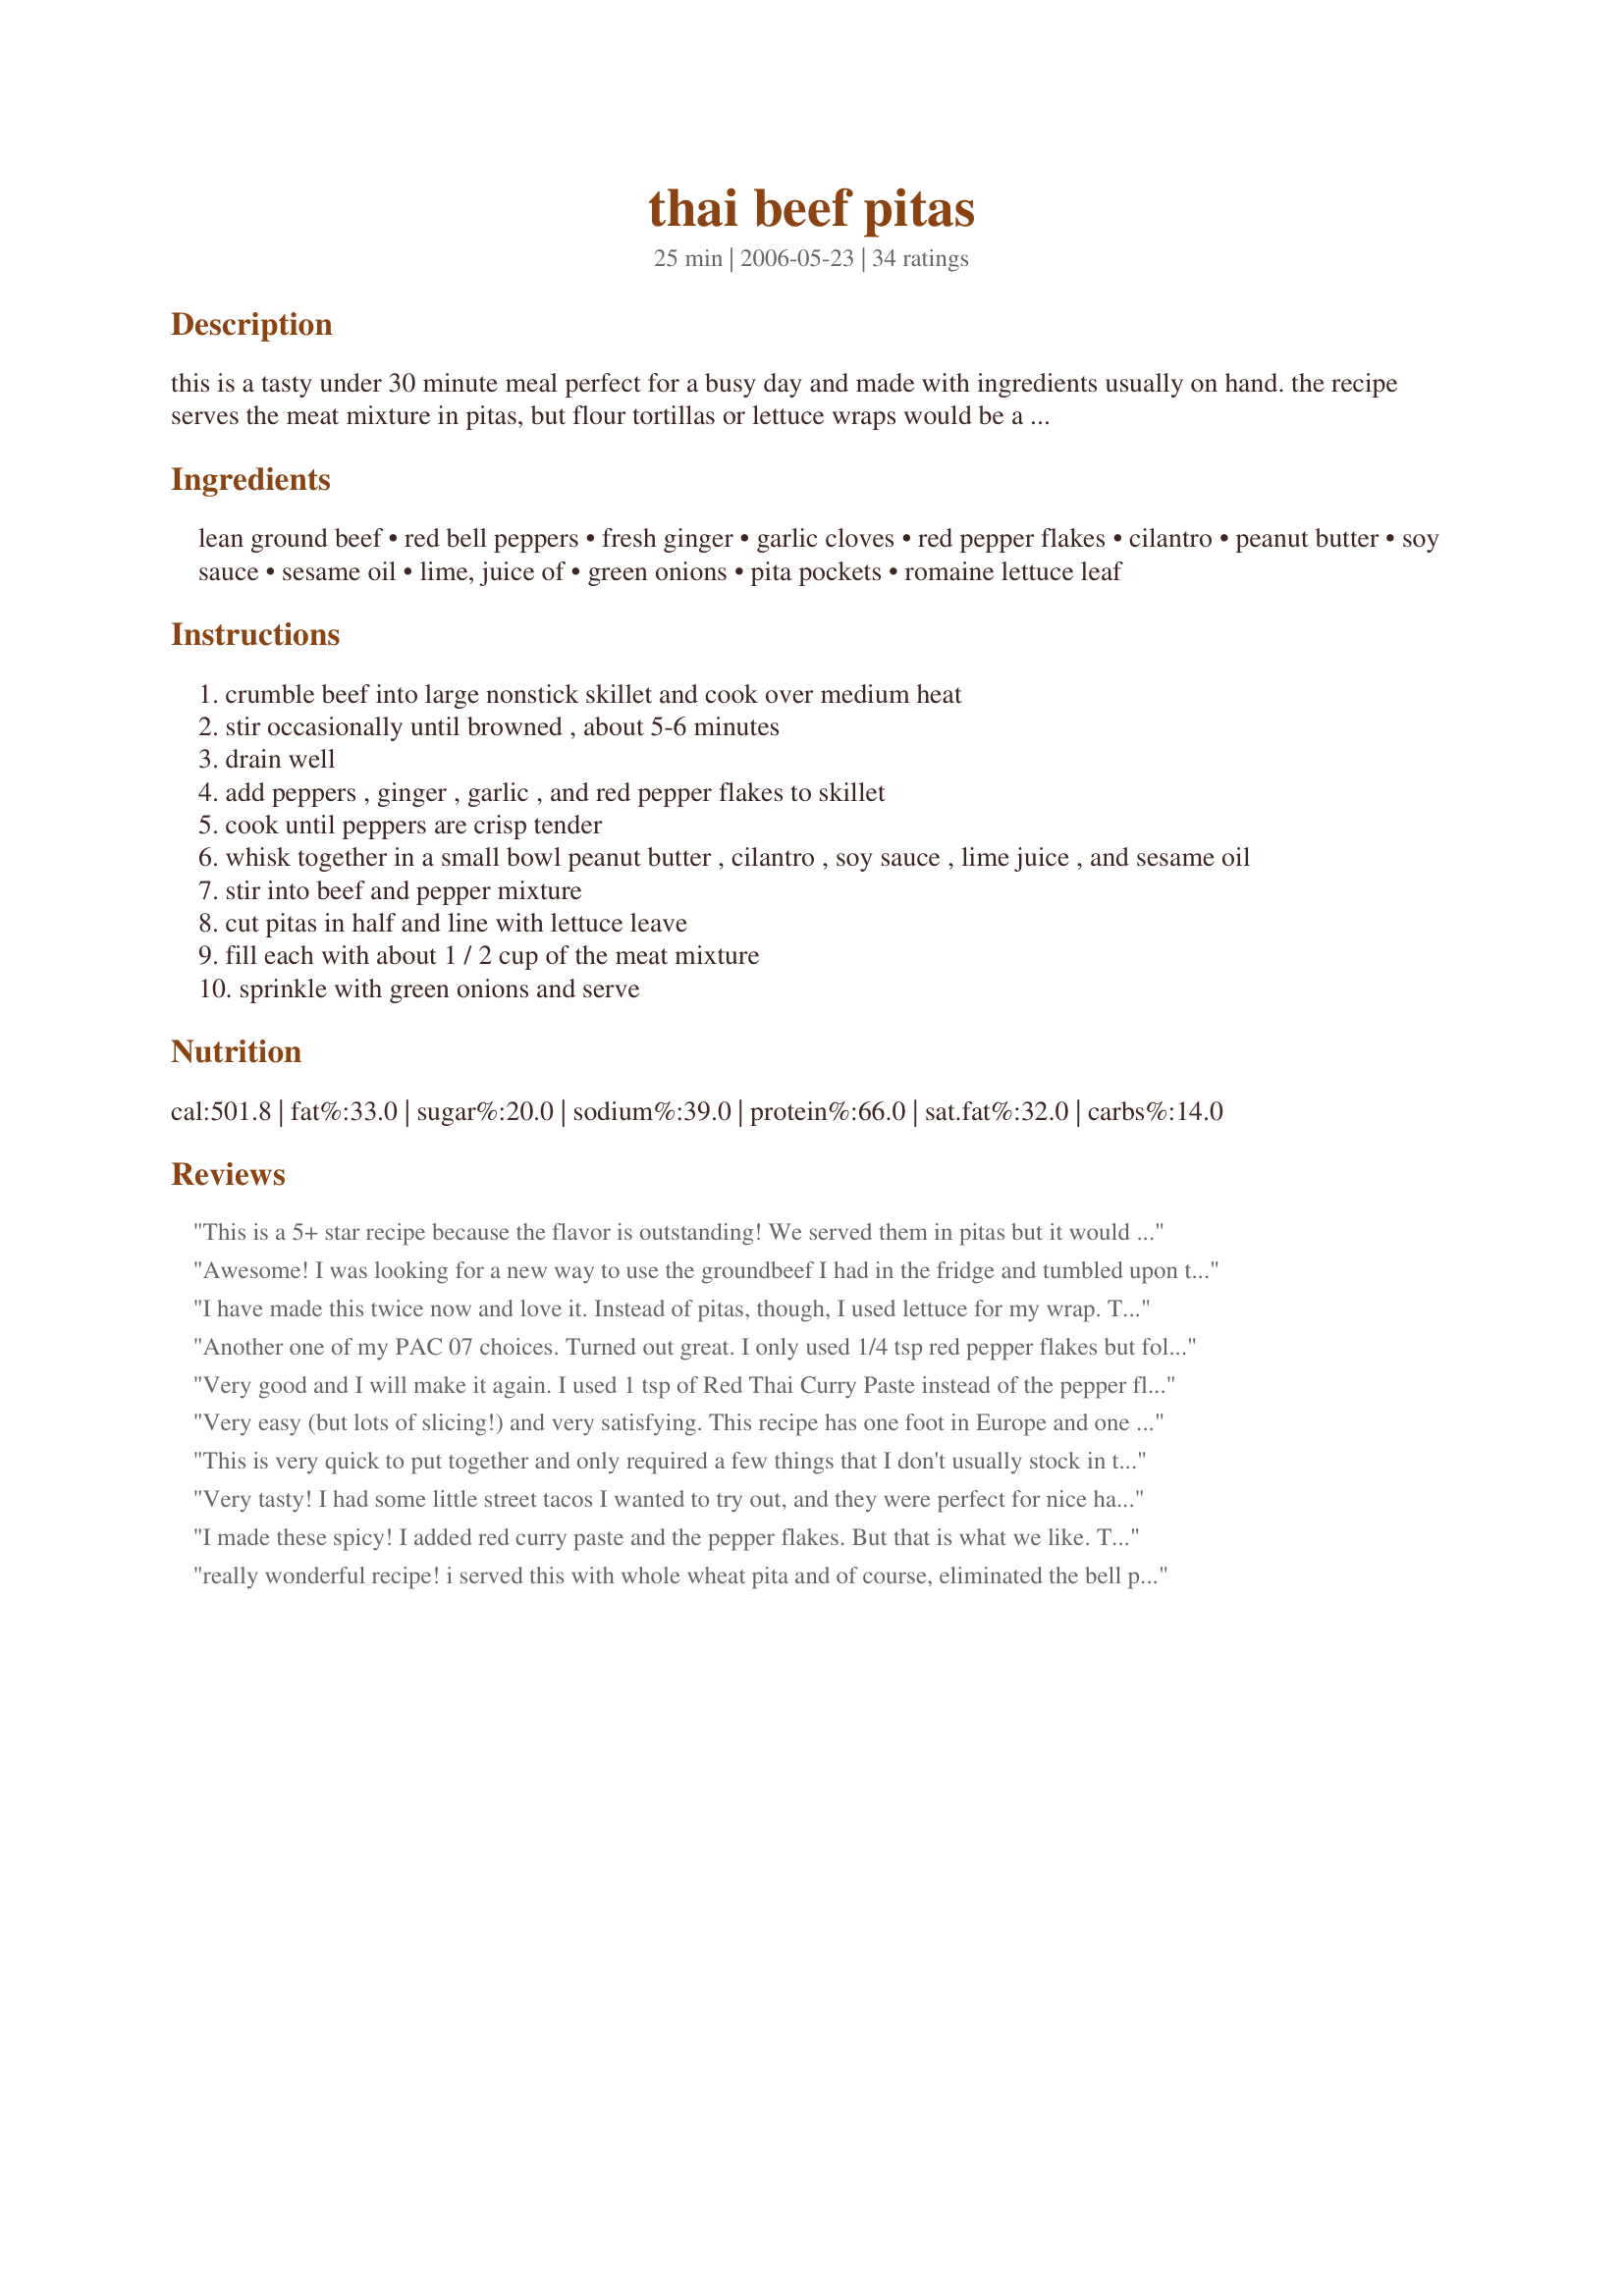
thai beef pitas
Preparation time: 25 minutes

this is a tasty under 30 minute meal perfect for a busy day and made with ingredients usually on hand. the recipe serves the meat mixture in pitas, but flour tortillas or lettuce wraps would be a good choice too. the recipe is from family circle magazine.

Ingredients:
lean ground beef, red bell peppers, fresh ginger, garlic cloves, red pepper flakes, cilantro, peanut butter, soy sauce, sesame oil, lime, juice of, green onions, pita pockets, romaine lettuce leaf

Steps:
crumble beef into large nonstick skillet and cook over medium heat
stir occasionally until browned , about 5-6 minutes
drain well
add peppers , ginger , garlic , and red pepper flakes to skillet
cook until peppers are crisp tender
whisk together in a small bowl peanut butter , cilantro , soy sauce , lime juice , and sesame oil
stir into beef and pepper mixture
cut pitas in half and line with lettuce leave
fill each with about 1 / 2 cup of the meat mixture
sprinkle with green onions and serve

Reviews:
This is a 5+ star recipe because the flavor is outstanding! We served them in pitas but it would be fantastic in lettuce or just on rice. It is jumping right into my Best of 2010 cookbook! Made for ZWT #6 and I'm a Quisine Queen.
Awesome! I was looking for a new way to use the groundbeef I had in the fridge and tumbled upon this recipe! I didnt have green onions so I used a regular onion and cooked it in with the ground beef, didnt have cilantro on hand so I used fresh mint, used a lemon instead of a lime (again didnt have one in the fridge) and used only a couple drops of seasame oil because I'm not too wild about the seasame oil taste, and it turned out terrific! Boyfriend loved it as well! Thanks a bunch!
I have made this twice now and love it. Instead of pitas, though, I used lettuce for my wrap. This time, I had to sub some ground ginger for fresh, but it was still great. We wrap up with carrots, mung bean sprouts and the instead of cooking the red pepper, we keep it raw to roll up in the wrap. Wonderful sauce, too!
Another one of my PAC 07 choices. Turned out great. I only used 1/4 tsp red pepper flakes but followed the rest as is. Great recipe Susie :)
Very good and I will make it again. I used 1 tsp of Red Thai Curry Paste instead of the pepper flakes and instead of 2 Tbsp of Soya Sauce I used 1 Tbsp of Soya Sauce and Fish Sauce. I didn't cook the peppers with the meat. I left them raw and placed them in the pita pocket with the lettuce and onion.
Very easy (but lots of slicing!) and very satisfying. This recipe has one foot in Europe and one in Southeast Asia, but the combination works. Specifying Romaine lettuce struck me as culturally out of place, but I would not change it: the distinctive flavor of Romaine was one of the important notes in the whole mix. You can even wrap some of the meat mixture in a lettuce leaf and eat that, taco-style, without the pita! We loved it. Made for ZWT9 Family Picks.
This is very quick to put together and only required a few things that I don't usually stock in the kitchen. We made ours with the tortillas, but will be sure to try it with the pitas and lettuce wraps. Thanks for keeping the pep in dinner! â€” Jul 1, 2006 ETA: We did reduce the amount of peanut butter by 1/2 when we made these. It was just enough for us. Thanks!


Very tasty! I had some little street tacos I wanted to try out, and they were perfect for nice handheld yummies. I served them with mango chutney, and hubby slathered on sambal! This recipe is a keeper. I will try it with shredded beef next time. YUM
I made these spicy! I added red curry paste and the pepper flakes. But that is what we like. These pitas are an original Asian dish that is good enough for company, but easy enough to throw together. I love the fact that this recipe uses ground beef. The flavor is fantastic.
really wonderful recipe! i served this with whole wheat pita and of course, eliminated the bell pepper. i used the full teaspoon of red pepper flakes and DH added hot sauce to his, (no brain, no feeling)lol. a keeper, i love Thai food, espeically easy Thai food.
What a great combo! I agree that these would be yummy inside all three formats - pitas, tortillas or lettuce wraps. We used a little less sesame oil and pepper flakes. Loved all these flavors and ingredients together!
Quick to make and a GREAT flavor. Everyone in my house had seconds, even my 2 year old! I left out the red pepper flakes and I didn&#039;t have green onions. We also used whole wheat pita bread. DELICIOUS. Keeping this recipe forever.
These were great. What I would do in the future is add a bit more lime juice and cilantro, and lessen the amount of peanut butter. Maybe 2-2.5 tbsp, rather than 3. Other than that, they were great! Hubby loved them, too.
It takes no time to put together but tastes great! We all like this so much for a mid-week meal. If I don't have pita pockets on hand, we use tortillas and eat it like a wrap. Thanks Susie for a yummy, and quick, treat!
This was great! Made it just as is but with no cilantro (just because I hate it) and used a bag of frozen peppers and onions instead of fresh. Easy and yummy! Gets 5 stars from me!! Thanks SusieD
We enjoyed this lovely recipe for dinner tonight, along with noodles and soup. It was very very tasty and best of all it was quick and easy to make. Loved all the flavors and textures in this wonderful treat, they blended together perfectly. I made this recipe exactly as written and I would not change a thing. Thank you for sharing Susie. For CQ3 - Thailand and Indonesia.
Will make this again! Something different and quick to fix for dinner. Everyone in my family gobbled this up including the boys who don't eat red bell peppers. Don't sub the red peppers, by the way. They're a wonderful addition for color, taste, and nutrition, with just the right amount of sweetness. I used extra fresh minced ginger and garlic. Honestly, I wasnt sure I'd like ground beef instead of something like flank steak, but it was very good. Thanks for sharing the recipe!
Great flavorful recipe! I left out the onions and cilantro, otherwise made as directed. Loved the lime in the peanut sauce and the crushed red pepper - great flavor combination. Great in a pita and as a lettuce wrap - thanks for sharing the recipe! Made for Spring Pick-A-Chef 2013
Very flavorful and yummy! Changes I made were I used 1 red bell pepper, 3/4 teaspoon ground ginger, 1/4 cup cilantro, and 1 1/2 tablespoons chunky PB. It turned out great and was a really nice, healthy dinner with lots of spice and flavor. It was not too spicy, but was just right. Thanks for posting this great recipe!
This was very good and oh-so-easy to make! I ate it with some thai noodles (recipe #4131220) and it was delicious! Made for ZWT9.
I made this for the first time tonight and my husband and I loved it! I had to sub ginger paste instead of fresh and canola oil instead of sesame. I think the fresh cilantro and green onions were so flavorful that all together, it still tasted so good. My husband wants this once a week!
Great recipe...my hubby and I enjoy it..hope for more recipes like these one :)
Made as written for the Indonesian Spice Challenge of CQ#3 - This &amp; 1 other recipe during the CQ have been the 1st times both Siggi &amp; I have eaten Indonesian food. You were so right in your intro -- This is a tasty quick-fix &amp; I didn't have to buy a thing to make it. I opted to use torilllas since you offered a choice &amp; I &quot;super-sized&quot; 4 servings into 3 so we could have a hearty dinner meal to use 2 of them &amp; then lunch tomorrow sharing the last one. Altho not my intent, I added a crunchy element because Siggi bought crunchy-style peanut butter at the store. I'm the one w/the more adventurous palate &amp; I worried that Siggi might not care for this, but it was wasted worry. He inhaled it! Thx for sharing your recipe w/the Quest.
Excellent, and you can adjust the seasoning (Soy, sesame oil, etc.) by taste as you cook, as I like a slightly stronger seasoning. Very easy. And other veggies are easy to add as well!
Very tasty, only thing I changed was to add thinly sliced onion to the recipe. yum yum yum. thanks for a great recipe!
My husband and I enjoyed this meal! I would cut back on the red pepper flakes to about 1/2 teaspoon, as it is pretty hot!
We eat this every few weeks...it's TERRIFIC and an easy way to use ground beef.
Awesome recipe! I used extra chucky peanut butter and it was great. This is a keeper!
I thought this was really good, but DH and DS didn't like the peanut butter. I only put in 1 T of PB because I thought that would happen. I also used thin strips of leftover steak instead of ground beef and matchstick-size carrots instead of peppers. No one here likes peppers. Served on tortillas. Next time - no PB.
Very easy and tasty. I put in a bit too much red pepper for my taste, but the rest of the family loved it. I tried to make wraps, but for some reason, I do a terrible job with the wrapping part. I have no trouble with blintzes, tho.... go figure. Anyhow, thanks for the great weeknight meal.
It's been a while I wanted to try this recipe. I was reticent to try peanut butter in it but it has a nice taste. I used italian parsley instead of cilantro. This is very good and I'll do it again cause it's so easy and a great meal. It could be great also with rice. Thanks Susie :) Made for the Zwizzle Chicks of ZWT
This recipe saw to a second making this weekend, seemed I didn't complete the review the first time around so it's time to thank you for a great recipe. My family has yet to acquire a taste for cilantro so just snipped in a little and used parsley to make up the 1/2 cup. My helping had extra snips as it one I really like! This was good on both pitas and on tortillas, I am sure it would be great with romaine leaves as well. Loved the red pepper flakes! All in all a winner! Thank you Susie D.
This is a great dish with either pitas or lettuce leaves. You can save a few calories by using 93/7 ground turkey. Everything else is just about right.
Oh I loved this!!!! Added a little more soy and served on whole romaine leaves. So very good!!! And fast....will make again and again!
